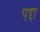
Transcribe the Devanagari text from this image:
पद्दा